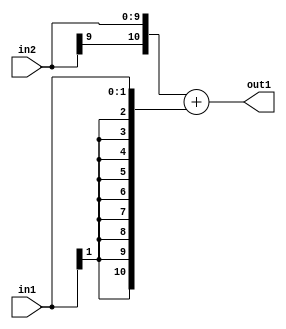
`timescale 1ps / 1ps
/*****************************************************************************
    Verilog RTL Description
    
    
    Created by: Stratus DpOpt 2019.1.01 
*******************************************************************************/

module DC_Filter_Add_10Sx2S_11S_1 (
	in2,
	in1,
	out1
	); /* architecture "behavioural" */ 
input [9:0] in2;
input [1:0] in1;
output [10:0] out1;
wire [10:0] asc001;

assign asc001 = 
	+({in2[9], in2})
	+({{9{in1[1]}}, in1});

assign out1 = asc001;
endmodule

/* CADENCE  ubL5Sg0= : u9/ySgnWtBlWxVPRXgAZ4Og= ** DO NOT EDIT THIS LINE ******/